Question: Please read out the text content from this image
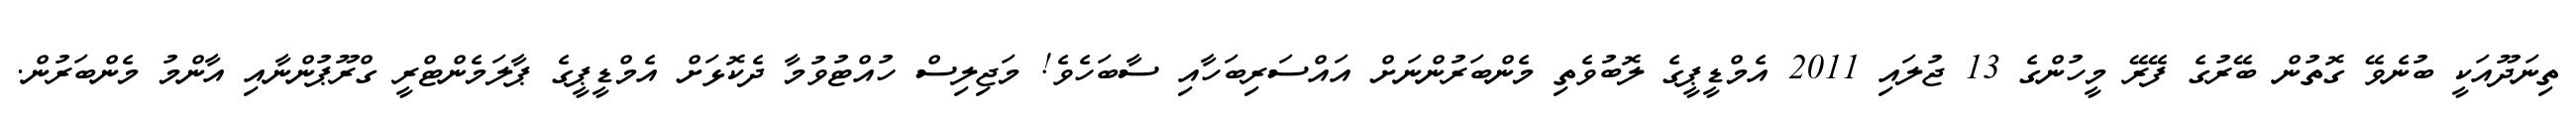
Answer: ތިނަދޫއަކީ ބުނެވޭ ގޮތުން ބޭރުގެ ފޭރޭ މީހުންގެ 13 ޖުލައި 2011 އެމްޑީޕީގެ ލޮބުވެތި މެންބަރުންނަށް އައްސަރިބަހާއި ސާބަހެވެ! މަޖިލިސް ހުއްޓުވުމާ ދެކޮޅަށް އެމްޑީޕީގެ ޕާލަމެންޓްރީ ގްރޫޕުންނާއި އާންމު މެންބަރުން.